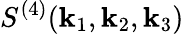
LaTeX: S^{(4)}(\textbf{k}_{1},\textbf{k}_{2},\textbf{k}_{3})